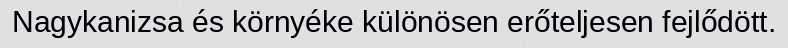
Nagykanizsa és környéke különösen erőteljesen fejlődött.